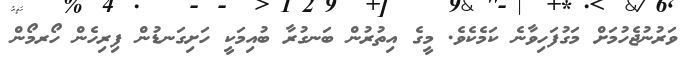
ވަރުނުޖެހުމަށް މަގުފަހިވާނެ ކަމެކެވެ. މީގެ އިތުރުން ބަނގުރާ ބުއިމަކީ ހަށިގަނޑުން ފިރިހެން ހޯރމޯން